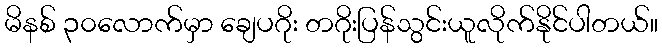
မိနစ် ၃၀လောက်မှာ ချေပဂိုး တဂိုးပြန်သွင်းယူလိုက်နိုင်ပါတယ်။